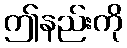
ဤနည်းကို